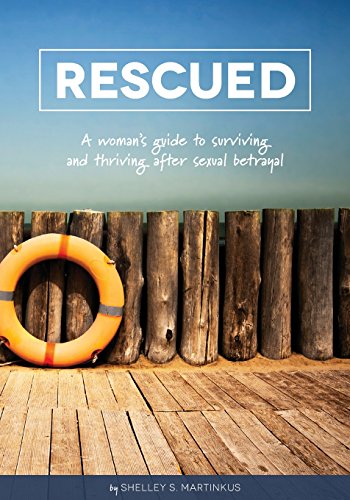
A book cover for Rescued; Shelley S Martinkus; Religion & Spirituality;